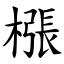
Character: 㯑